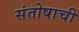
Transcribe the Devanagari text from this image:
संतोषाची